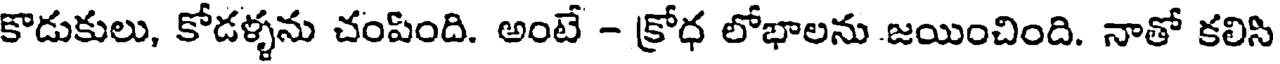
కొడుకులు, కోడళ్ళను చంపింది. అంటే - క్రోధ లోభాలను జయించింది. నాతో కలిసి